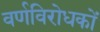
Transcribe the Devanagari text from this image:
वर्णविरोधकों